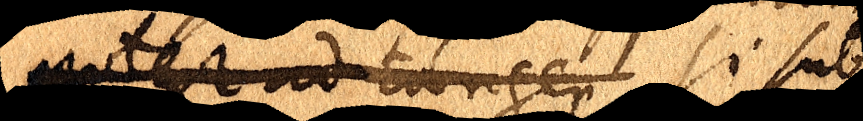
potest ad tangen si sub-